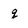
Character: q